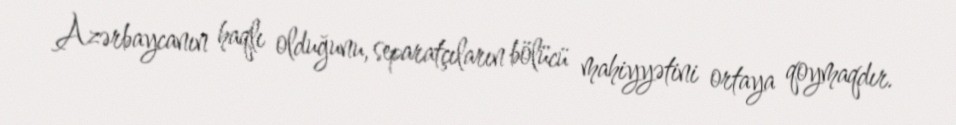
Azərbaycanın haqlı olduğunu, separatçıların bölücü mahiyyətini ortaya qoymaqdır.